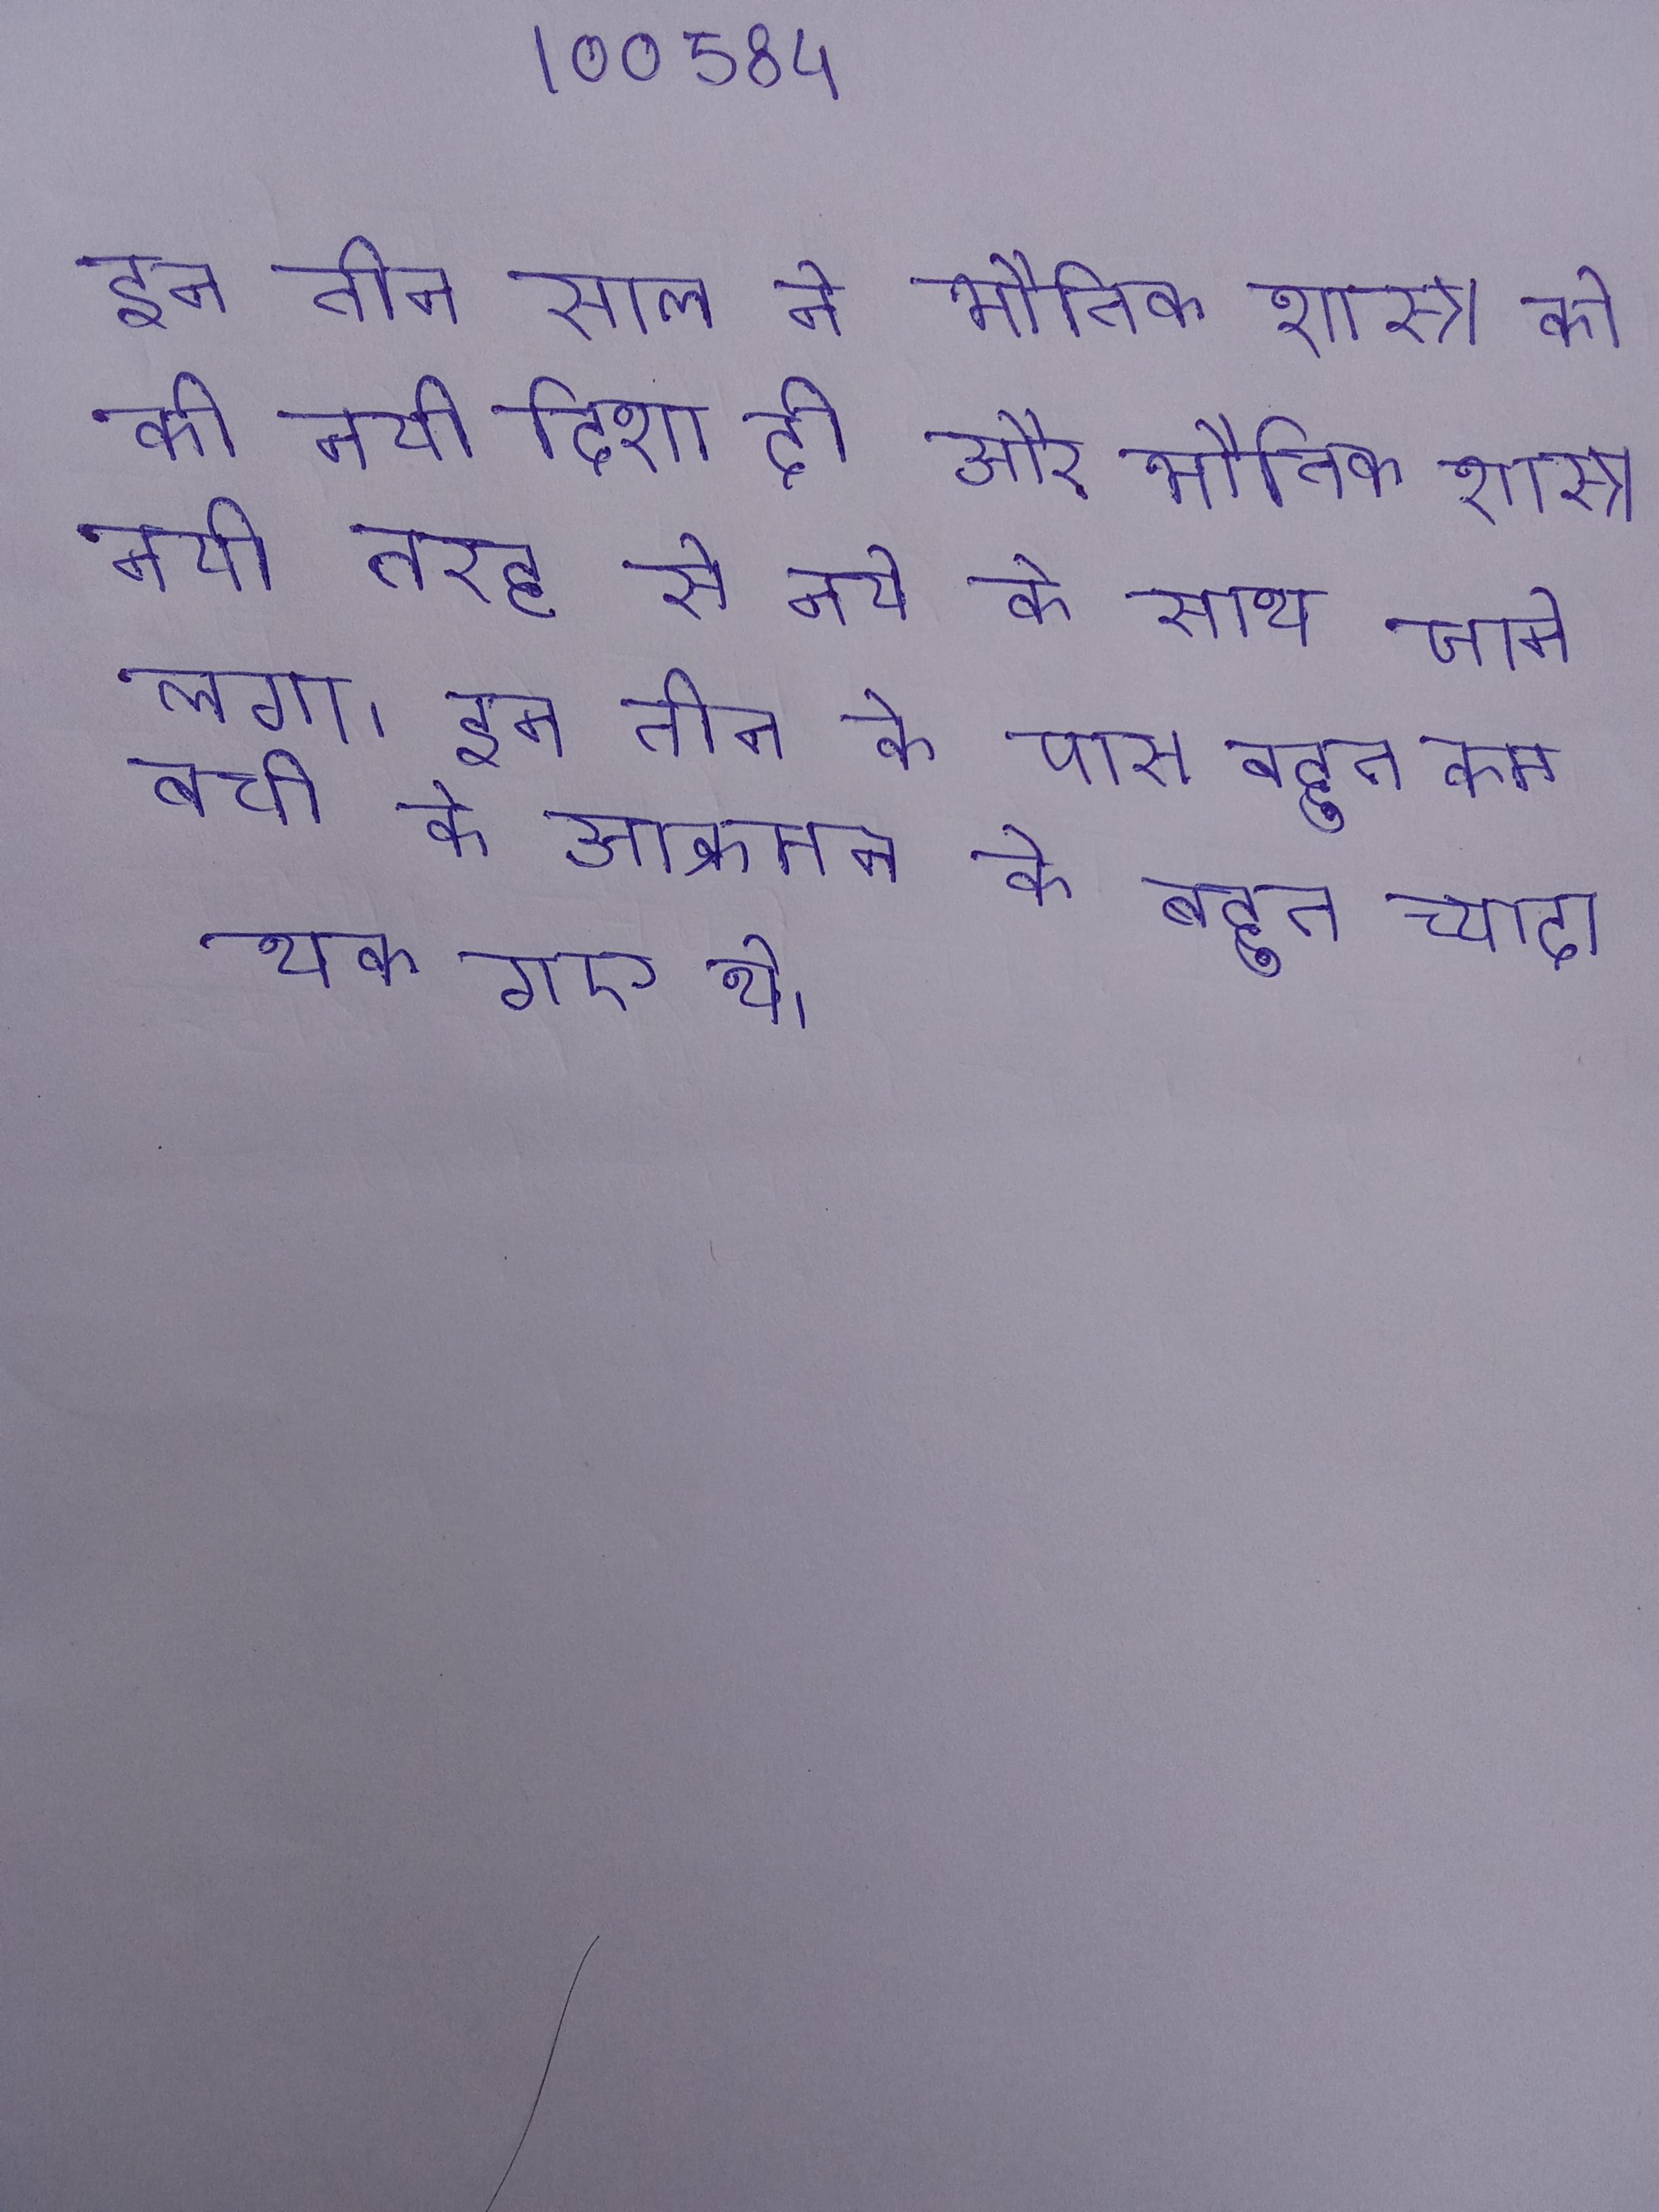
इन तीन साल ने भौतिक शास्त्र को की नयी दिशा दी और भौतिक शास्त्र नयी तरह से नये के साथ जाने लगा । इन तीन के पास बहुत कम बची और की तीसरी लहर के आक्रमण के बहुत ज्यादा थक गए थे ।